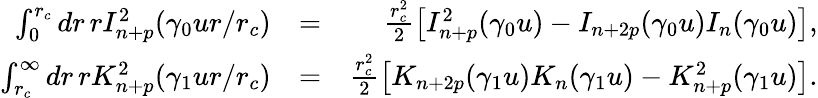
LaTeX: \begin{array}{rlr}{\int_{0}^{r_{c}}dr\, rI_{n+p}^{2}(\gamma_{0}ur/r_{c})}&{=}&{\frac{r_{c}^{2}}{2}\left[I_{n+p}^{2}(\gamma_{0}u)-I_{n+2p}(\gamma_{0}u)I_{n}(\gamma_{0}u)\right],}\\ {\int_{r_{c}}^{\infty}dr\, rK_{n+p}^{2}(\gamma_{1}ur/r_{c})}&{=}&{\frac{r_{c}^{2}}{2}\left[K_{n+2p}(\gamma_{1}u)K_{n}(\gamma_{1}u)-K_{n+p}^{2}(\gamma_{1}u)\right].}\end{array}